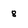
Character: 8